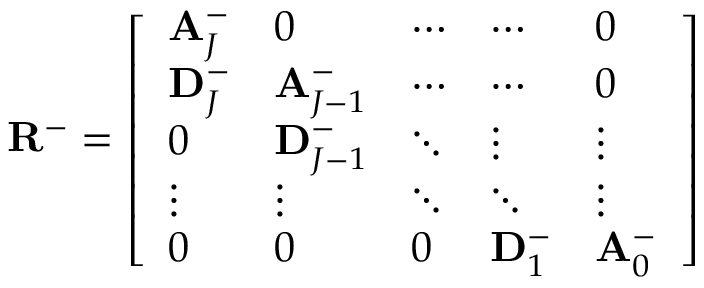
\mathbf { R } ^ { - } = \left[ \begin{array} { l l l l l } { \mathbf { A } _ { J } ^ { - } } & { 0 } & { \cdots } & { \cdots } & { 0 } \\ { \mathbf { D } _ { J } ^ { - } } & { \mathbf { A } _ { J - 1 } ^ { - } } & { \cdots } & { \cdots } & { 0 } \\ { 0 } & { \mathbf { D } _ { J - 1 } ^ { - } } & { \ddots } & { \vdots } & { \vdots } \\ { \vdots } & { \vdots } & { \ddots } & { \ddots } & { \vdots } \\ { 0 } & { 0 } & { 0 } & { \mathbf { D } _ { 1 } ^ { - } } & { \mathbf { A } _ { 0 } ^ { - } } \end{array} \right]